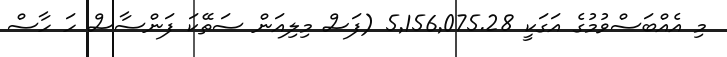
މި އެއްބަސްވުމުގެ އަގަކީ 5